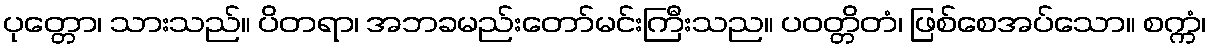
ပုတ္တော၊ သားသည်။ ပိတရာ၊ အဘခမည်းတော်မင်းကြီးသည။ ပဝတ္တိတံ၊ ဖြစ်စေအပ်သော။ စက္ကံ၊